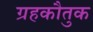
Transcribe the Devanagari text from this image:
ग्रहकौतुक